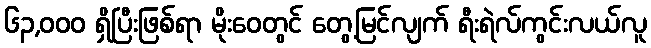
၆၃,၀၀၀ ရှိပြီးဖြစ်ရာ မိုးဝေတွင် တွေ့မြင်လျက် ရီးရဲလ်ကွင်းလယ်လူ